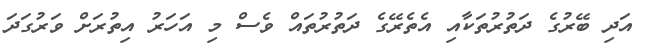
އަދި ބޭރުގެ ދަތުރުތަކާއި އެތެރޭގެ ދަތުރުތައް ވެސް މި އަހަރު އިތުރަށް ވަރުގަދަ